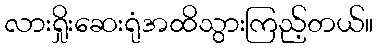
လားရှိုးဆေးရုံအထိသွားကြည့်တယ်။